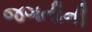
જગતીની